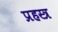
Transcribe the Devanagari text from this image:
प्रहस्त्र